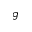
g